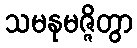
သမနုမဇ္ဇိတွာ